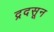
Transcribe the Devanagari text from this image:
द्रदसून